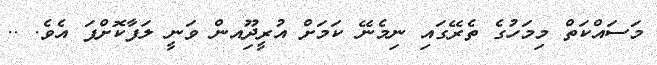
މަސައްކަތް މިމަހުގެ ތެރޭގައި ނިމެނޭ ކަމަށް އުރީދޫިއން ވަނީ ލަފާކޮށްފަ އެވެ. ..